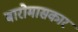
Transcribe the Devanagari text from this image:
बारोमासकार